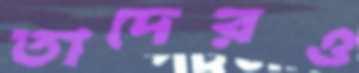
তাদেরও